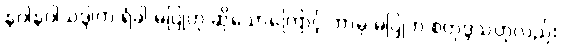
နဝါနဝါသဒ္ဒါက ရံခါ မပြုဟု ဆိုသောကြောင့် ဘာမှ မပြုဘဲ စတုဒ္ဒသဟုလည်း